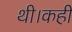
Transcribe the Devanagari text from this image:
थी।कही